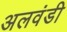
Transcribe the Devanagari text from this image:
अलवंडी